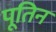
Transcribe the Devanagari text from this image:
पूतिन